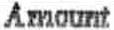
AMOUNT